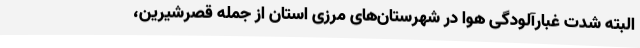
البته شدت غبارآلودگی هوا در شهرستان‌های مرزی استان از جمله قصرشیرین،